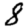
Digit: 8